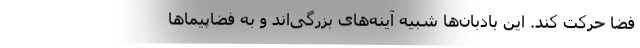
فضا حرکت کند. این بادبان‌ها شبیه آینه‌های بزرگی‌اند و به فضاپیماها